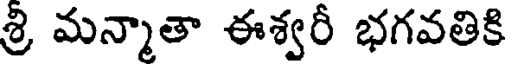
శ్రి మన్మాతా ఈశ్వరీ భగవతికి